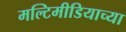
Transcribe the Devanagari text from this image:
मल्टिमीडियाच्या